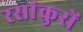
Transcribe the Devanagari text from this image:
रसांकुरों